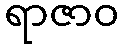
ရာဇာဝ